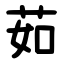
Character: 茹